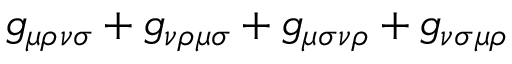
g _ { \mu \rho } \L _ { \nu \sigma } + g _ { \nu \rho } \L _ { \mu \sigma } + g _ { \mu \sigma } \L _ { \nu \rho } + g _ { \nu \sigma } \L _ { \mu \rho }